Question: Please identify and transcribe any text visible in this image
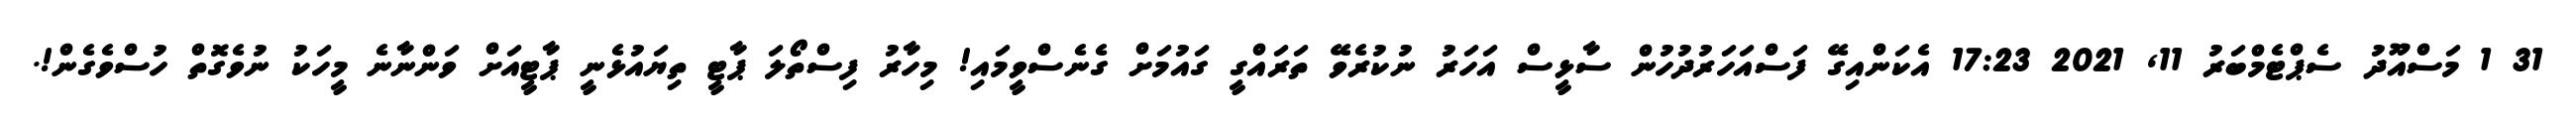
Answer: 31 1 މަސްއޫދު ސެޕްޓެމްބަރު 11, 2021 17:23 އެކަންއިގޭ ފަސްއަހަރުދުހުން ސާޅީސް އަހަރު ނުކުރެވޭ ތަރައްގީ ގައުމަށް ގެނެސްވީމައި! މިހާރު ފިސްތޯލަ ޕާޓީ ތިޔައުޅެނީ ޕާޓީއަށް ވަންނާނެ މީހަކު ނުވެގޮތް ހުސްވެގެން!.